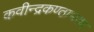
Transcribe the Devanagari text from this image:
कवीन्द्रकण्ठाभरण